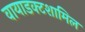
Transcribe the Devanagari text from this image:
वायाडक्टशामिल